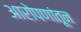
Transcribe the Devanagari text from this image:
आरोपणांतून